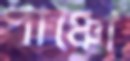
পাঞ্চো